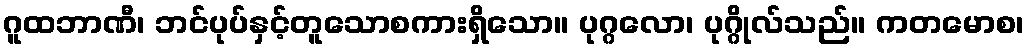
ဂူထဘာဏီ၊ ဘင်ပုပ်နှင့်တူသောစကားရှိသော။ ပုဂ္ဂလော၊ ပုဂ္ဂိုလ်သည်။ ကတမောစ၊